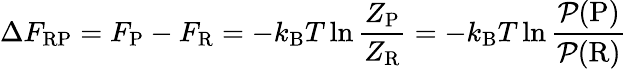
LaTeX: \Delta F_{\mathrm{RP}}=F_{\mathrm{P}}-F_{\mathrm{R}}=-k_{\mathrm{B}}T\ln\frac{Z_{\mathrm{P}}}{Z_{\mathrm{R}}}=-k_{\mathrm{B}}T\ln\frac{\mathcal{P}(\mathrm{P})}{\mathcal{P}(\mathrm{R})}